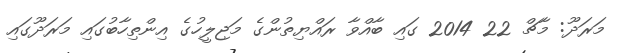
މަރަދޫ: މާޗް 22 2014 ގައި ބާއްވާ ރައްޔިތުންގެ މަޖިލީހުގެ އިންތިހާބުގައި މަރަދޫގައި